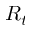
R _ { t }